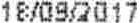
18/09/2017